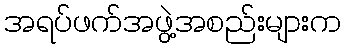
အရပ်ဖက်အဖွဲ့အစည်းများက